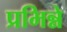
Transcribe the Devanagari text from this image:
प्रभिन्ने